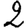
Digit: 2